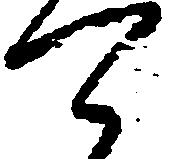
可